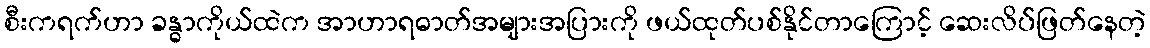
စီးကရက်ဟာ ခန္ဓာကိုယ်ထဲက အာဟာရဓာတ်အများအပြားကို ဖယ်ထုတ်ပစ်နိုင်တာကြောင့် ဆေးလိပ်ဖြတ်နေတဲ့